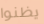
يظنوا